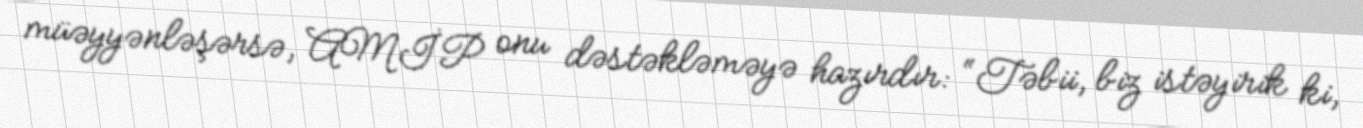
müəyyənləşərsə, AMİP onu dəstəkləməyə hazırdır: “Təbii, biz istəyirik ki,